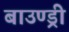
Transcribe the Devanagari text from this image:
बाउण्ड्री